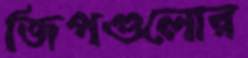
জিপগুলোর